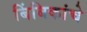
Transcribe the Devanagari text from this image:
बिंबिकांचे